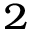
_ 2